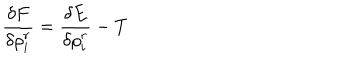
\frac { \delta F } { \delta \rho _ { i } ^ { r } } = \frac { \delta E } { \delta \rho _ { i } ^ { r } } - T